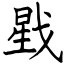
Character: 戥